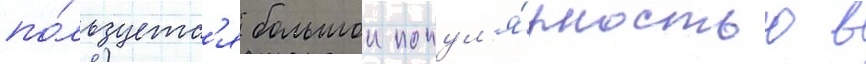
по́льзуетс'я большои попул'я́рностью в